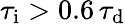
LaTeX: \tau_{\mathrm{i}}>0.6\, \tau_{\mathrm{d}}